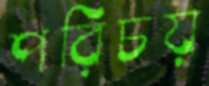
পরিচয়